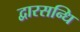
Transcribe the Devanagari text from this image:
द्वारसन्धि